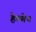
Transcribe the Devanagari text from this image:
हेल्गेन